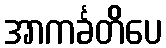
အာကင်္ခတိပေ